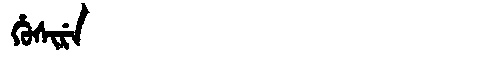
Manchu: ᡥᡠᠰᡳᡵᡝ
Romanization: HUSIRE